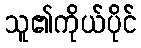
သူ၏ကိုယ်ပိုင်